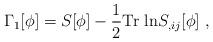
LaTeX: \begin{align*}\Gamma_{1}[\phi]=S[\phi]-\frac{1}{2}{\rm Tr\ ln}S_{,ij}[\phi]\ ,\end{align*}